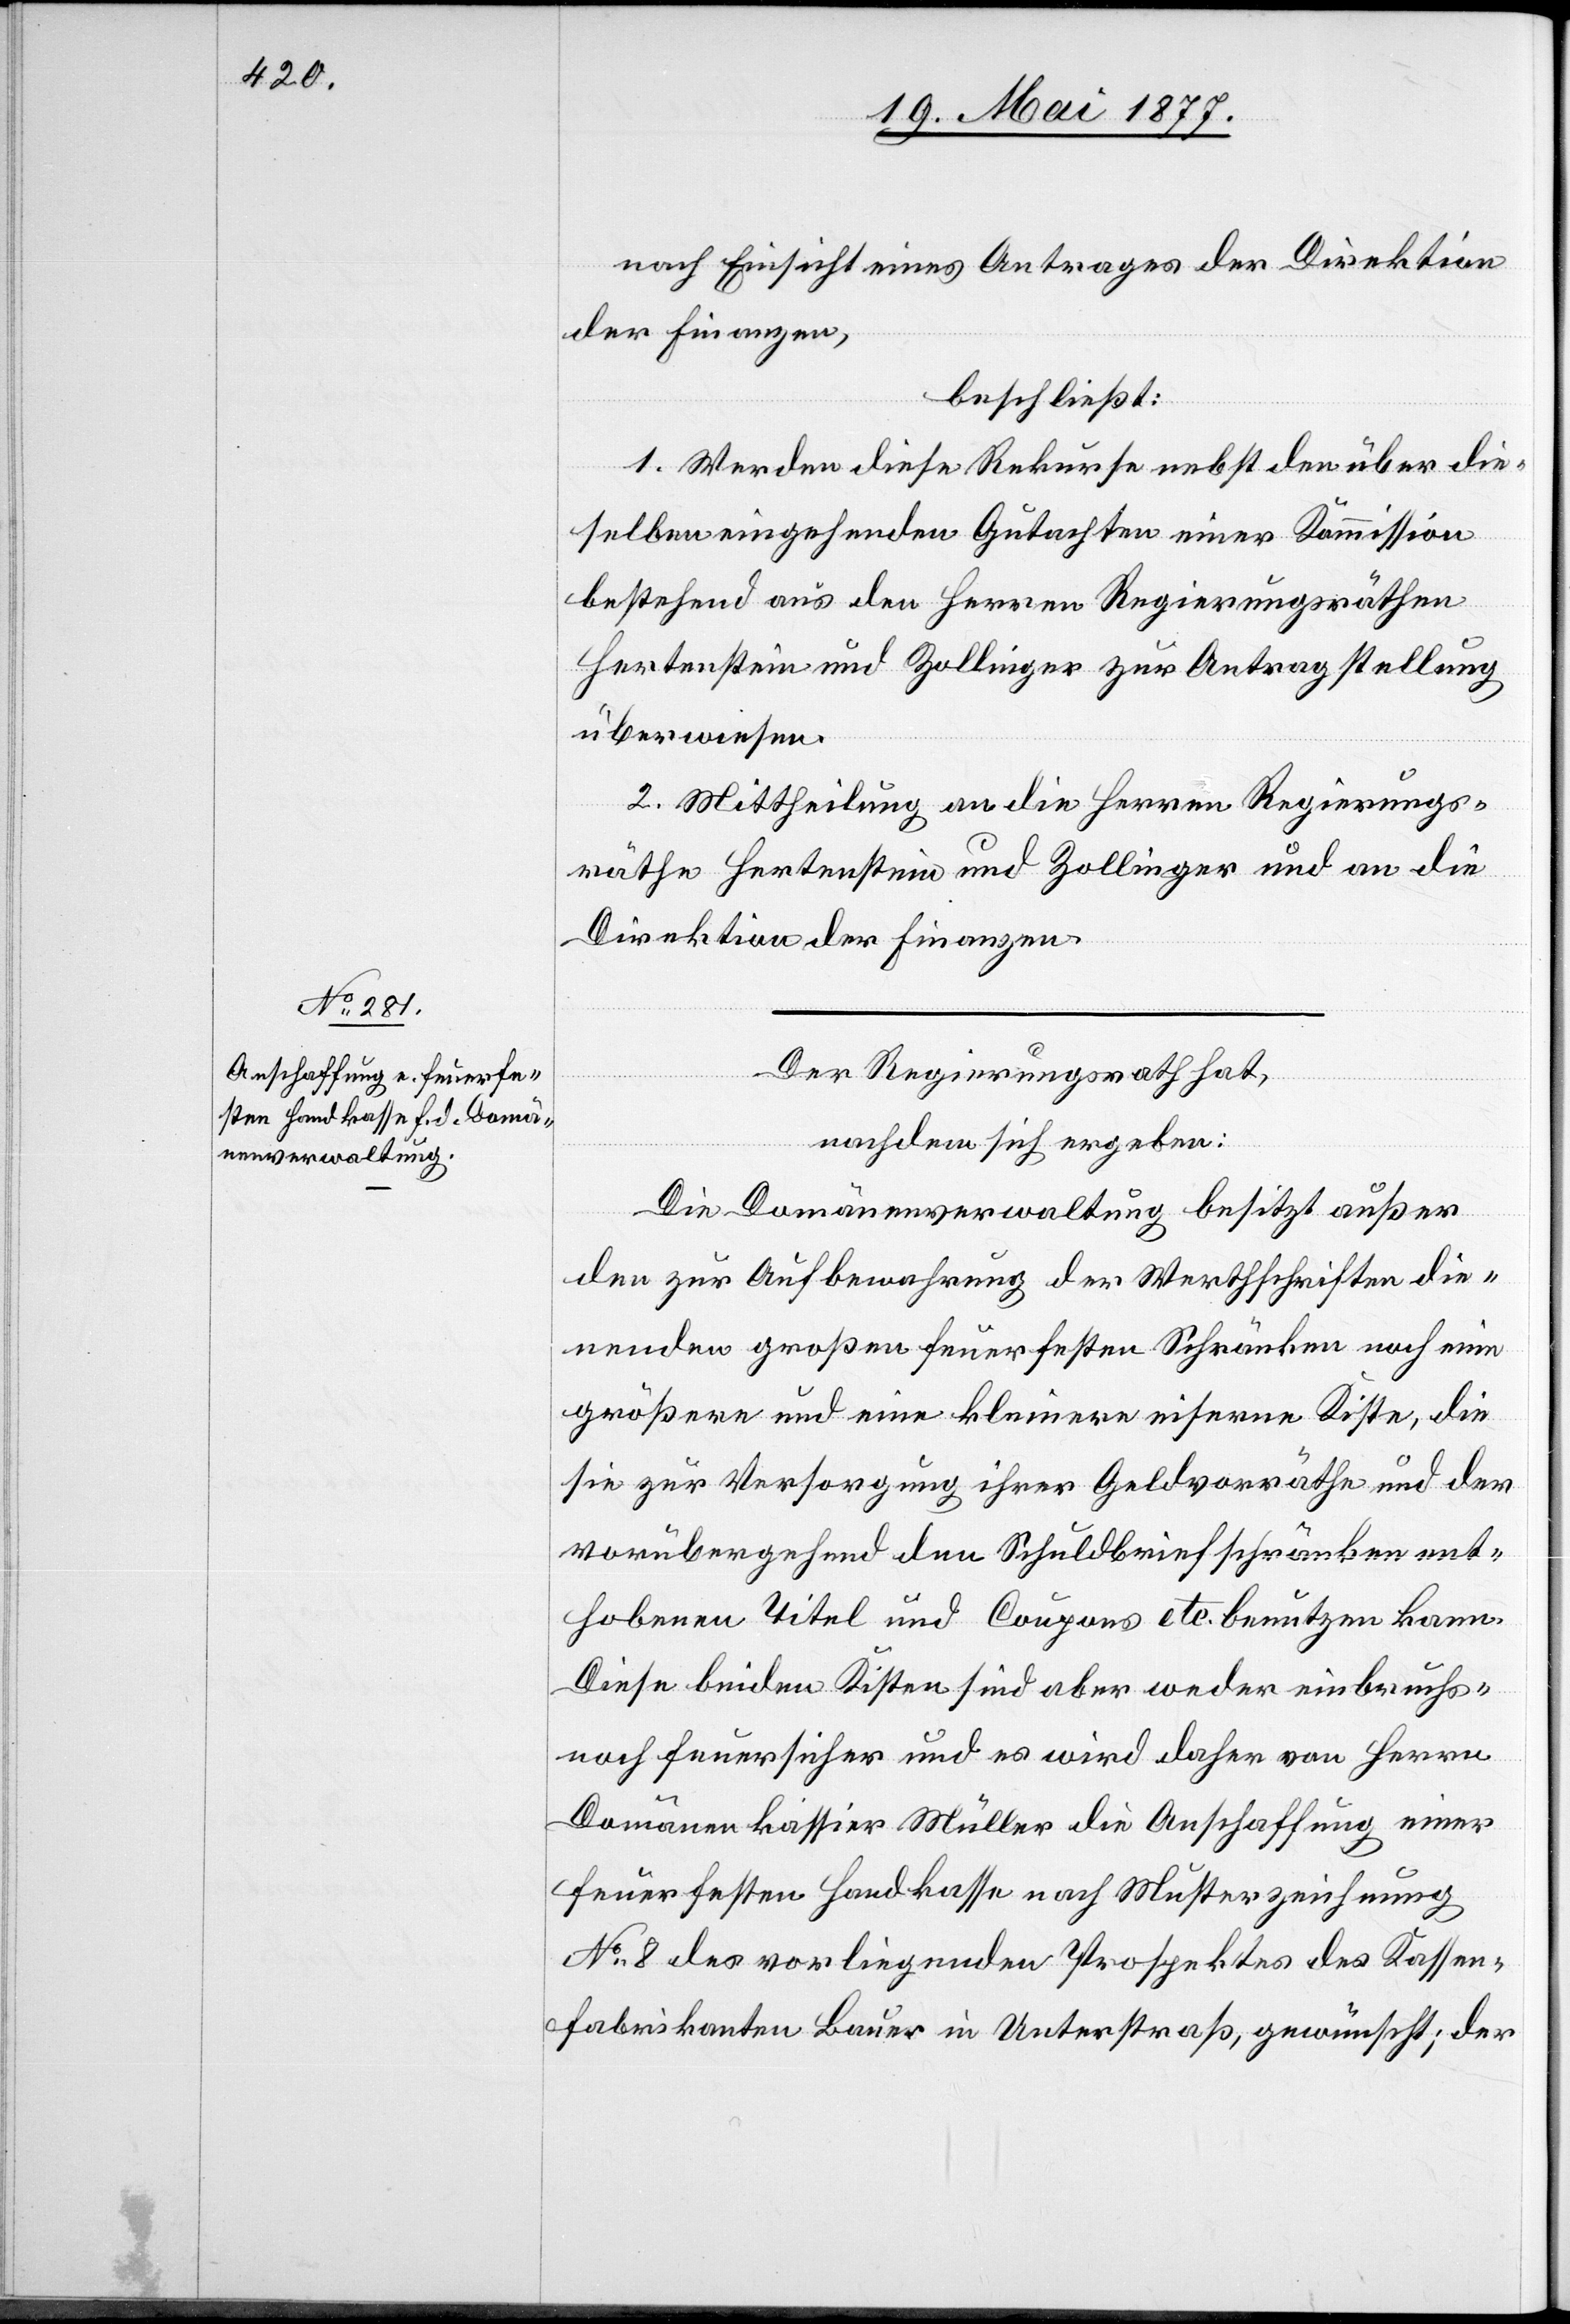
nach Einsicht eines Antrages der Direktion
der Finanzen,
beschließt:
1. Werden diese Rekurse nebst den über die¬
selben eingehenden Gutachten einer Kommission
bestehend aus den Herren Regierungsräthen
Hertenstein und Zollinger zur Antragstellung
überwiesen.
2. Mittheilung an die Herren Regierungs¬
räthe Hertenstein und Zollinger und an die
Direktion der Finanzen.
Der Regierungsrath hat,
nachdem sich ergeben:
Die Domänenverwaltung besitzt außer
den zur Aufbewahrung der Werthschriften die¬
nenden großen feuerfesten Schränken noch eine
größere und eine kleinere Kiste, die
sie zur Versorgung ihrer Geldvorräthe und der
vorübergehend den Schuldbriefschränken ent¬
hobenen Titel und Coupons etc. benutzen kann.
Diese beiden Kisten sind aber weder einbruchs-
noch feuersicher und es wird daher von Herrn
Domänenkassier Müller die Anschaffung einer
feuerfesten Handkasse nach Musterzeichnung
No 8 des vorliegenden Prospektes des Kassen¬
fabrikanten Bauer in Unterstraß, gewünscht; der